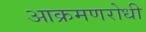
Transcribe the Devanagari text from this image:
आक्रमणरोधी